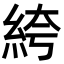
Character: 絝